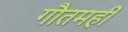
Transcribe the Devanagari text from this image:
गौतमही